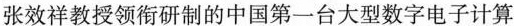
张效祥教授领衔研制的中国第一台大型数字电子计算